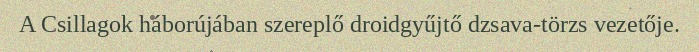
A Csillagok háborújában szereplő droidgyűjtő dzsava-törzs vezetője.